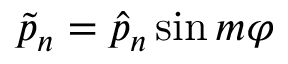
\tilde { p } _ { n } = \hat { p } _ { n } \sin { m \varphi }